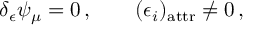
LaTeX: \delta _ { \epsilon } \psi _ { \mu } = 0 \, , \qquad ( \epsilon _ { i } ) _ { \mathrm { a t t r } } \neq 0 \, ,